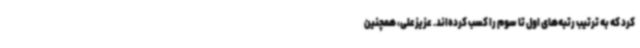
کرد که به ترتیب رتبه‌های اول تا سوم را کسب کرده‌اند. عزیزعلی، همچنین